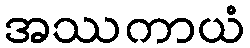
အဿကာယံ